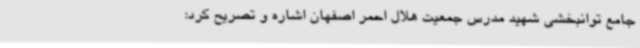
جامع توانبخشی شهید مدرس جمعیت هلال احمر اصفهان اشاره و تصریح کرد: